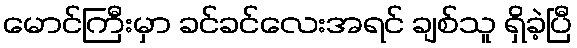
မောင်ကြီးမှာ ခင်ခင်လေးအရင် ချစ်သူ ရှိခဲ့ပြီ